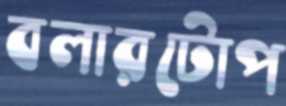
বলারটোপ